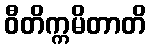
ဝီတိက္ကမိတာတိ